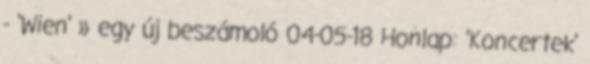
- 'Wien' » egy új beszámoló 04-05-18 Honlap: 'Koncertek'